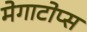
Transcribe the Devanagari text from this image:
मेगाटोप्स